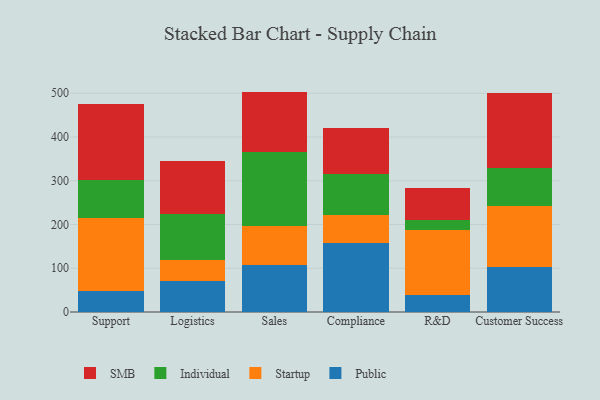
{"axis": {"x": "Department", "y": "Shipments"}, "legend": ["Individual", "Public", "SMB", "Startup"], "data": [{"x": "Support", "y": 48.0, "type": "Public"}, {"x": "Support", "y": 167.9, "type": "Startup"}, {"x": "Support", "y": 85.9, "type": "Individual"}, {"x": "Support", "y": 173.6, "type": "SMB"}, {"x": "Logistics", "y": 72.0, "type": "Public"}, {"x": "Logistics", "y": 46.5, "type": "Startup"}, {"x": "Logistics", "y": 106.0, "type": "Individual"}, {"x": "Logistics", "y": 121.3, "type": "SMB"}, {"x": "Sales", "y": 106.6, "type": "Public"}, {"x": "Sales", "y": 90.4, "type": "Startup"}, {"x": "Sales", "y": 167.8, "type": "Individual"}, {"x": "Sales", "y": 139.0, "type": "SMB"}, {"x": "Compliance", "y": 157.3, "type": "Public"}, {"x": "Compliance", "y": 65.5, "type": "Startup"}, {"x": "Compliance", "y": 91.8, "type": "Individual"}, {"x": "Compliance", "y": 105.5, "type": "SMB"}, {"x": "R&D", "y": 39.8, "type": "Public"}, {"x": "R&D", "y": 148.3, "type": "Startup"}, {"x": "R&D", "y": 23.1, "type": "Individual"}, {"x": "R&D", "y": 72.6, "type": "SMB"}, {"x": "Customer Success", "y": 102.6, "type": "Public"}, {"x": "Customer Success", "y": 139.9, "type": "Startup"}, {"x": "Customer Success", "y": 86.4, "type": "Individual"}, {"x": "Customer Success", "y": 171.2, "type": "SMB"}]}